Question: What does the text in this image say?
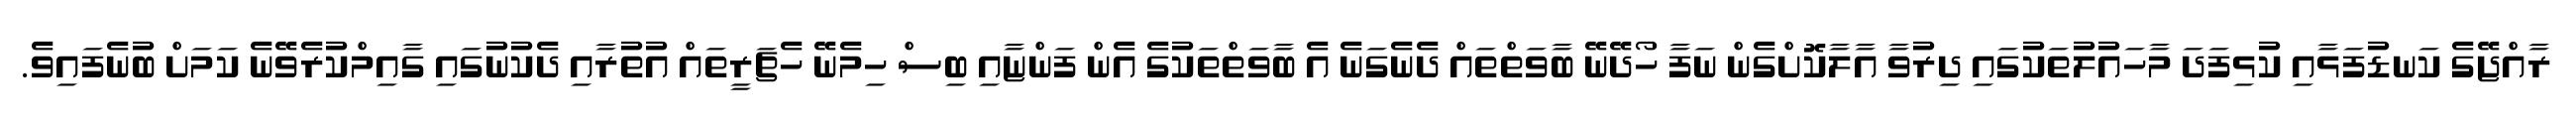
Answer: ރާއްޖޭގެ ކަނޑުފަޅާއި ކުޅިފަދަ މާހައުލުތަކުގައި ދިރުވާ އާލާކޮށްގެން ނަފާ ހޯދޭނޭ ބާވަތްތައް ދެނެގަނެ އެ ބާވަތްތަކުގެ އެން ފަންޏާއި ބިސް ހިމެނޭ ހެޗަރީތައް އުތުރާއި ދެކުނުގައި ގާއިމްކުރެވޭނެ ކަމަށް ބުނެފައިވެ.